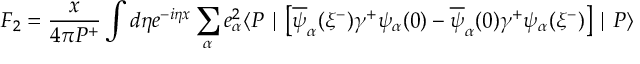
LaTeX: F _ { 2 } = { \frac { x } { 4 \pi P ^ { + } } } \int d \eta e ^ { - i \eta x } \sum _ { \alpha } e _ { \alpha } ^ { 2 } \langle P \mid \big [ \overline { { { \psi } } } _ { \alpha } ( \xi ^ { - } ) \gamma ^ { + } \psi _ { \alpha } ( 0 ) - \overline { { { \psi } } } _ { \alpha } ( 0 ) \gamma ^ { + } \psi _ { \alpha } ( \xi ^ { - } ) \big ] \mid P \rangle